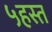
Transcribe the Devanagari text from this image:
५हस्त